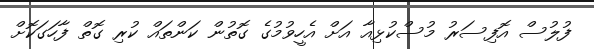
ފުލުސް އޮފިސަރު މުސްކުޅިއާ އަށް އެހީވުމުގެ ގޮތުން ކަންތައް ކުރި ގޮތް ފާހަގަކޮށް